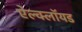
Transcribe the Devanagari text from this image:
ऐल्क्लॉयड